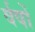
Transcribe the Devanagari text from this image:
र्वषों